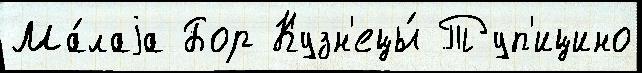
Ма́лаjа Бор Кузн'ецы́ Туп'ицино